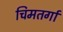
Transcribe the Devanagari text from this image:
चिमतर्गा